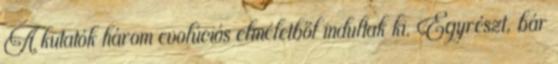
A kutatók három evolúciós elméletből indultak ki. Egyrészt, bár